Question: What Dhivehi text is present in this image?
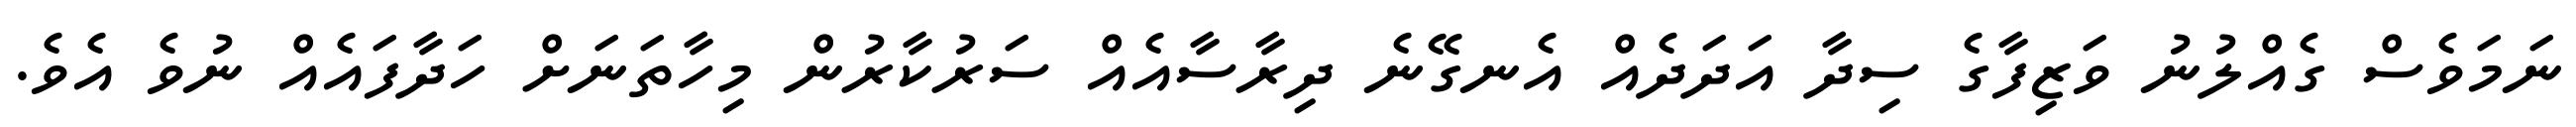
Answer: ނަމަވެސް ގެއްލުނު ވަޒިފާގެ ސިދާ އަދަދެއް އެނގޭނެ ދިރާސާއެއް ސަރުކާރުން މިހާތަނަށް ހަދާފައެއް ނުވެ އެވެ.